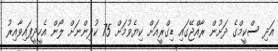
އަދި ސްކީމްގެ ދަށުން ރާއްޖޭގައި ޑިގްރީއަށް ކިޔެވުމަށް 75 ކުދިންނަށް ލޯން އެހީދީފައިވާއިރު